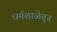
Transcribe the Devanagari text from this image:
धर्मशाळेतून